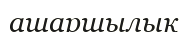
ашаршылық